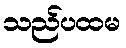
သည်ပထမ